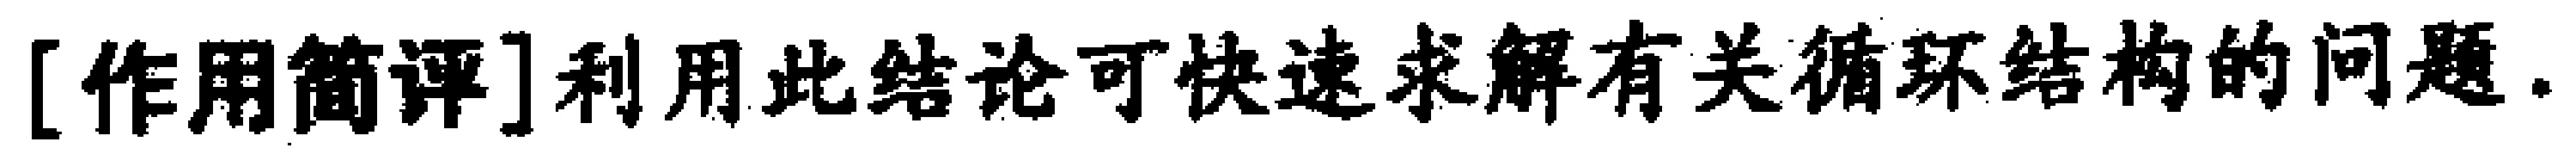
[作用简评]利用此结论可快速求解有关循环结构的问题.